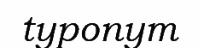
typonym